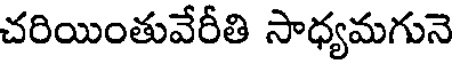
చరియింతువేరీతి సాధ్యమగునె